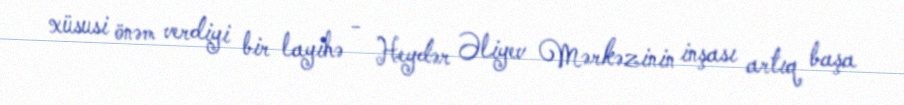
xüsusi önəm verdiyi bir layihə - Heydər Əliyev Mərkəzinin inşası artıq başa